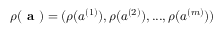
\rho ( \textbf { a } ) = ( \rho ( a ^ { ( 1 ) } ) , \rho ( a ^ { ( 2 ) } ) , . . . , \rho ( a ^ { ( m ) } ) )